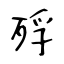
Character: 殍